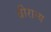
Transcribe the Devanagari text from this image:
वीराग्य